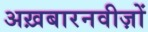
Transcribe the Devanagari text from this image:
अख़बारनवीज़ों